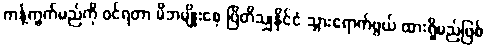
ကန့်ကွက်မည်ကို ဝင်ရတာ မိဘမျိုးစေ့ ဗြိတိသျှနိုင်ငံ သွားရောက်ဖွယ် ထားရှိမည်ဖြစ်